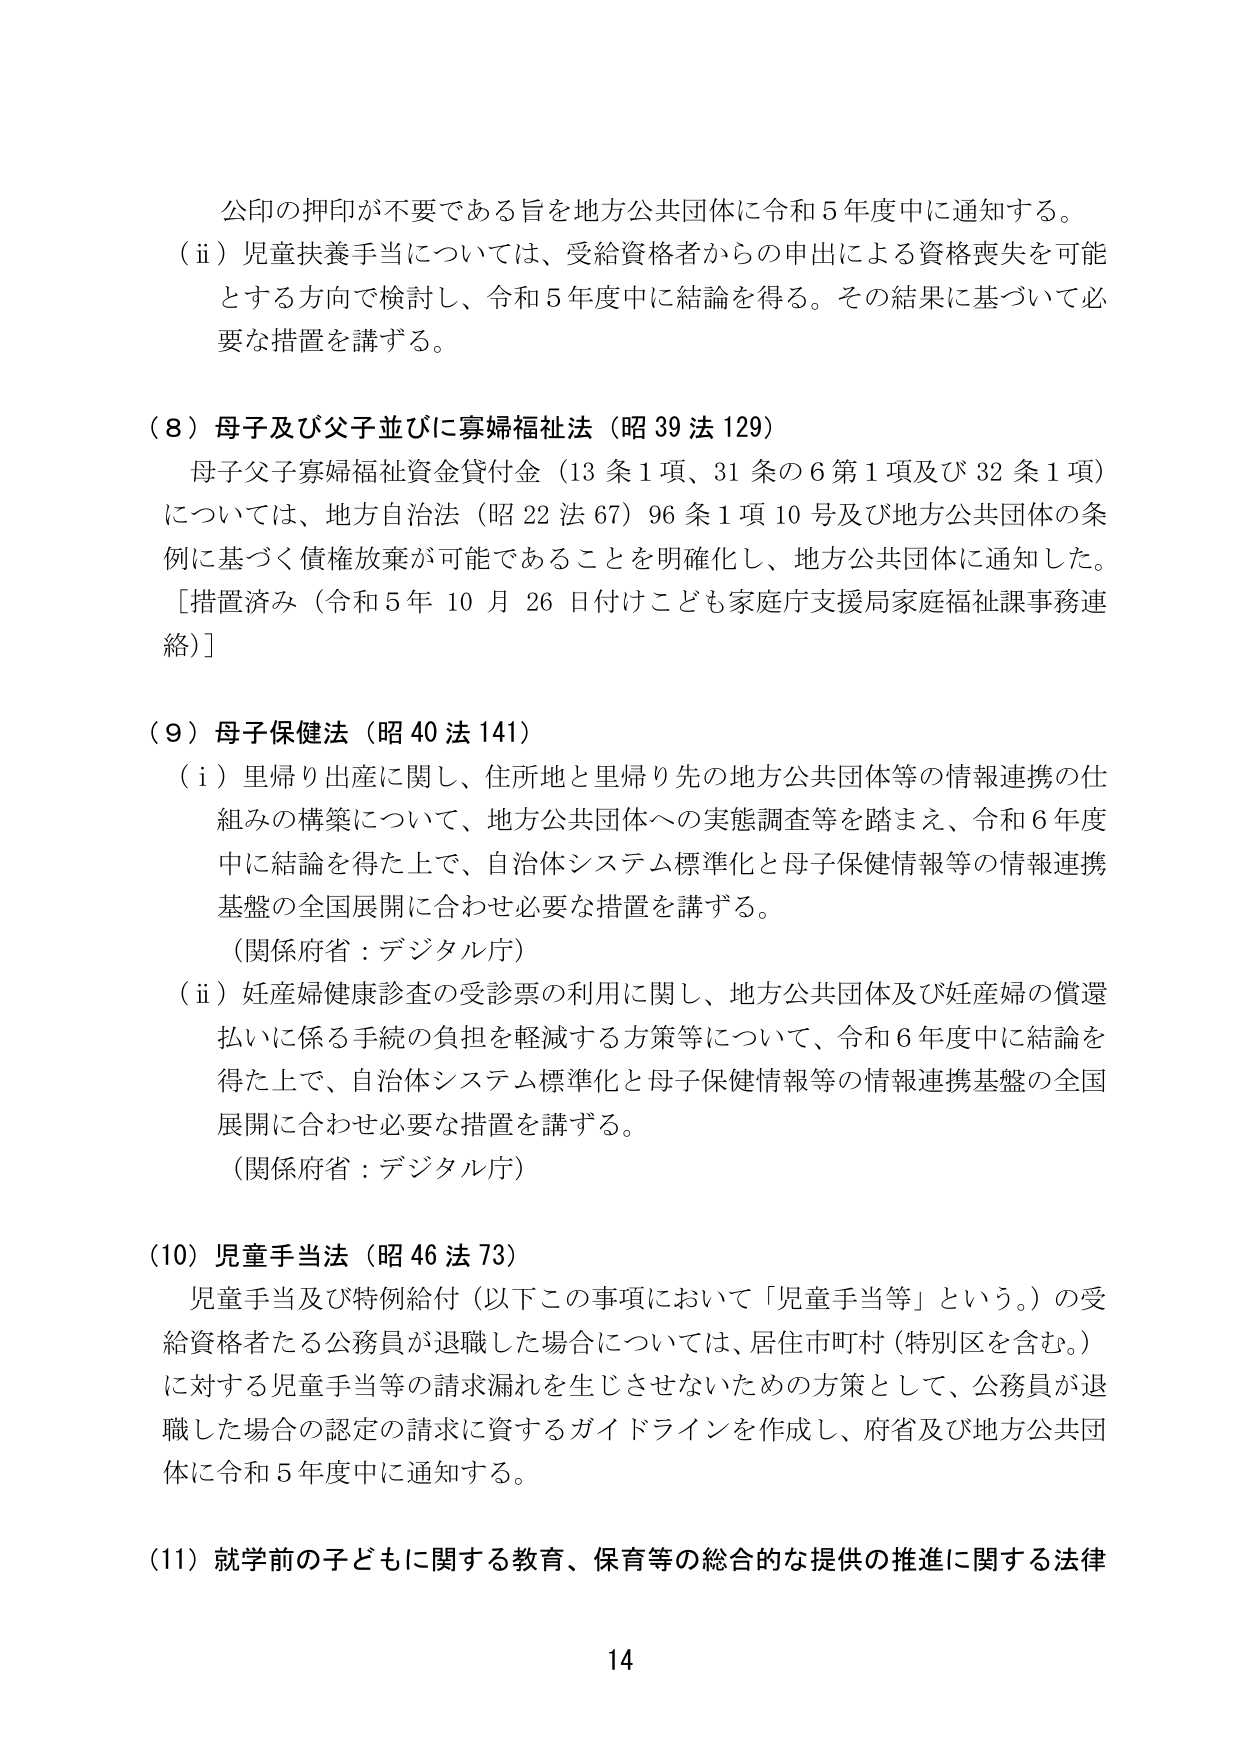
公印の押印が不要である旨を地方公共団体に令和５年度中に通知する。
（ⅱ）児童扶養手当については、受給資格者からの申出による資格喪失を可能とする方向で検討し、令和５年度中に結論を得る。その結果に基づいて必要な措置を講ずる。

（８）母子及び父子並びに寡婦福祉法（昭３９法１２９）
母子父子寡婦福祉資金貸付金（13条1項、31条の6第1項及び32条1項）については、地方自治法（昭22法67）96条1項10号及び地方公共団体の条例に基づく債権放棄が可能であることを明確化し、地方公共団体に通知した。
［措置済み（令和５年10月26日付けこども家庭庁支援局家庭福祉課事務連絡）］

（９）母子保健法（昭40法141）
（ⅰ）里帰り出産に関し、住所地と里帰り先の地方公共団体等の情報連携の仕組みの構築について、地方公共団体への実態調査等を踏まえ、令和６年度中に結論を得た上で、自治体システム標準化と母子保健情報等の情報連携基盤の全国展開に合わせ必要な措置を講ずる。
（関係府省：デジタル庁）
（ⅱ）妊産婦健康診査の受診票の利用に関し、地方公共団体及び妊産婦の償還払いに係る手続の負担を軽減する方策等について、令和６年度中に結論を得た上で、自治体システム標準化と母子保健情報等の情報連携基盤の全国展開に合わせ必要な措置を講ずる。
（関係府省：デジタル庁）

（10）児童手当法（昭46法73）
児童手当及び特例給付（以下この事項において「児童手当等」という。）の受給資格者たる公務員が退職した場合については、居住市町村（特別区を含む。）に対する児童手当等の請求漏れを生じさせないための方策として、公務員が退職した場合の認定の請求に資するガイドラインを作成し、府省及び地方公共団体に令和５年度中に通知する。

（11）就学前の子どもに関する教育、保育等の総合的な提供の推進に関する法律

14